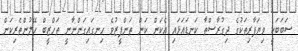
ސަބަބަކީ ވިޔަފާރިތަކުގެ ދިގުރާސްތާ ކަނޑައަޅައި އެކަން ކަން ތަންފީޒުވެ ހިނގައިގަންނާނީ ތަހްޒީބް ހޭލުންތެރިކަން